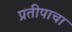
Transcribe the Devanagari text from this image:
प्रतीपाचा